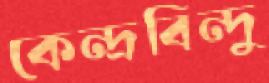
কেন্দ্রবিন্দু